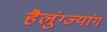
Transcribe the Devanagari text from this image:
हैलुंग्ज्यांग